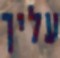
עליך